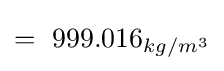
=\ 999.016_{kg/m^{3}}